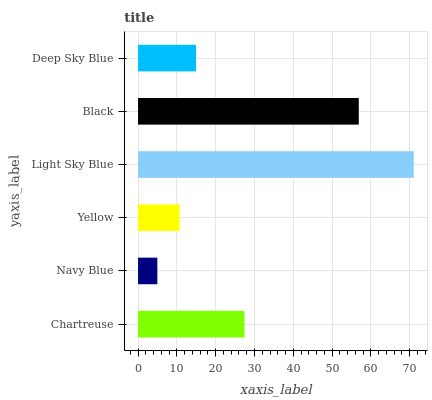
| yaxis_label | bars |
 | --- | --- |
 | Chartreuse | 27.4 |
 | Navy Blue | 4.97 |
 | Yellow | 10.7 |
 | Light Sky Blue | 71 |
 | Black | 56.9 |
 | Deep Sky Blue | 14.9 |